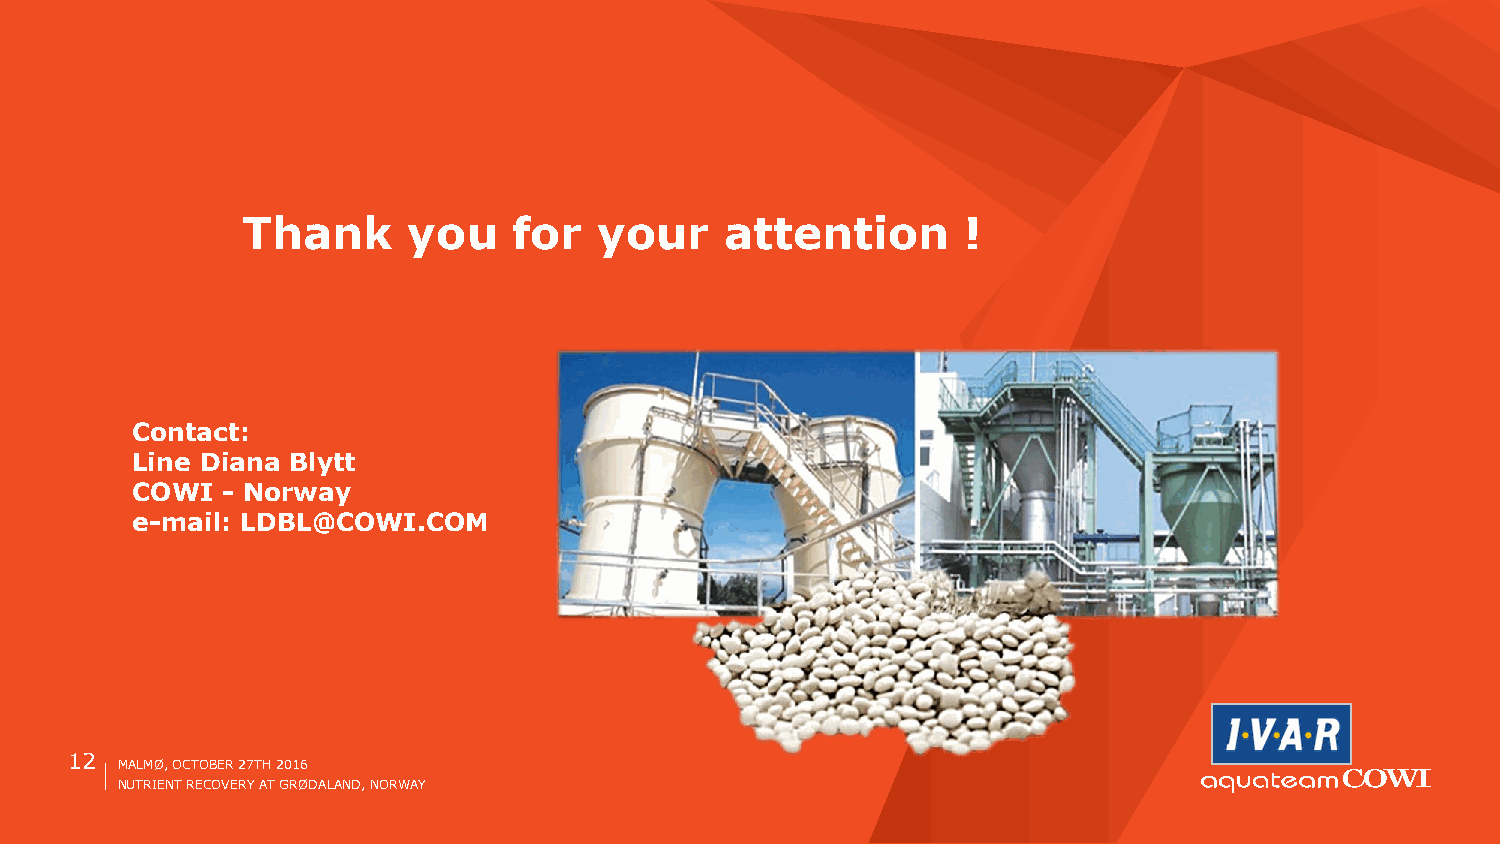
Thank      you    for   your    attention       !
 Contact:
 Line Diana Blytt
 COWI  - Norway
 e-mail: LDBL@COWI.COM
 12
 MALMØ, OCTOBER 27TH 2016
 NUTRIENT RECOVERY AT GRØDALAND, NORWAY